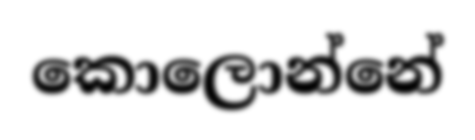
කොලොන්නේ